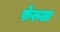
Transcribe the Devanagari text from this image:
फेरुला